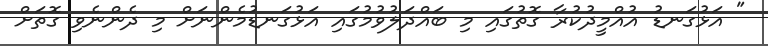
" އަޅުގަނޑު އުއްމީދުކުރާ ގޮތުގައި މި ބައްދަލުވުމުގައި އަޅުގަނޑުމެންނަށް މި ދެންނެވި ގޮތަށް